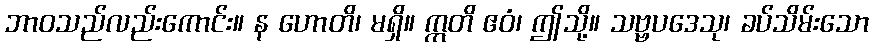
ဘာဝသည်လည်းကောင်း။ န ဟောတိ၊ မရှိ။ ဣတိ ဧဝံ၊ ဤသို့။ သဗ္ဗပဒေသု၊ ခပ်သိမ်းသော